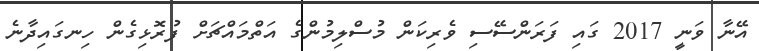
އޭނާ ވަނީ 2017 ގައި ފަރަންސޭސި ވެރިކަން މުސްލިމުންގެ އަތްމައްޗަށް ފުރޮޅިގެން ހިނގައިދާނެ